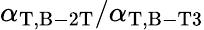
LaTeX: \alpha_{\mathrm{T},\mathrm{B-2T}}/\alpha_{\mathrm{T},\mathrm{B-T3}}